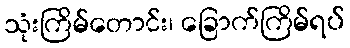
သုံးကြိမ်တောင်း၊ ခြောက်ကြိမ်ရပ်